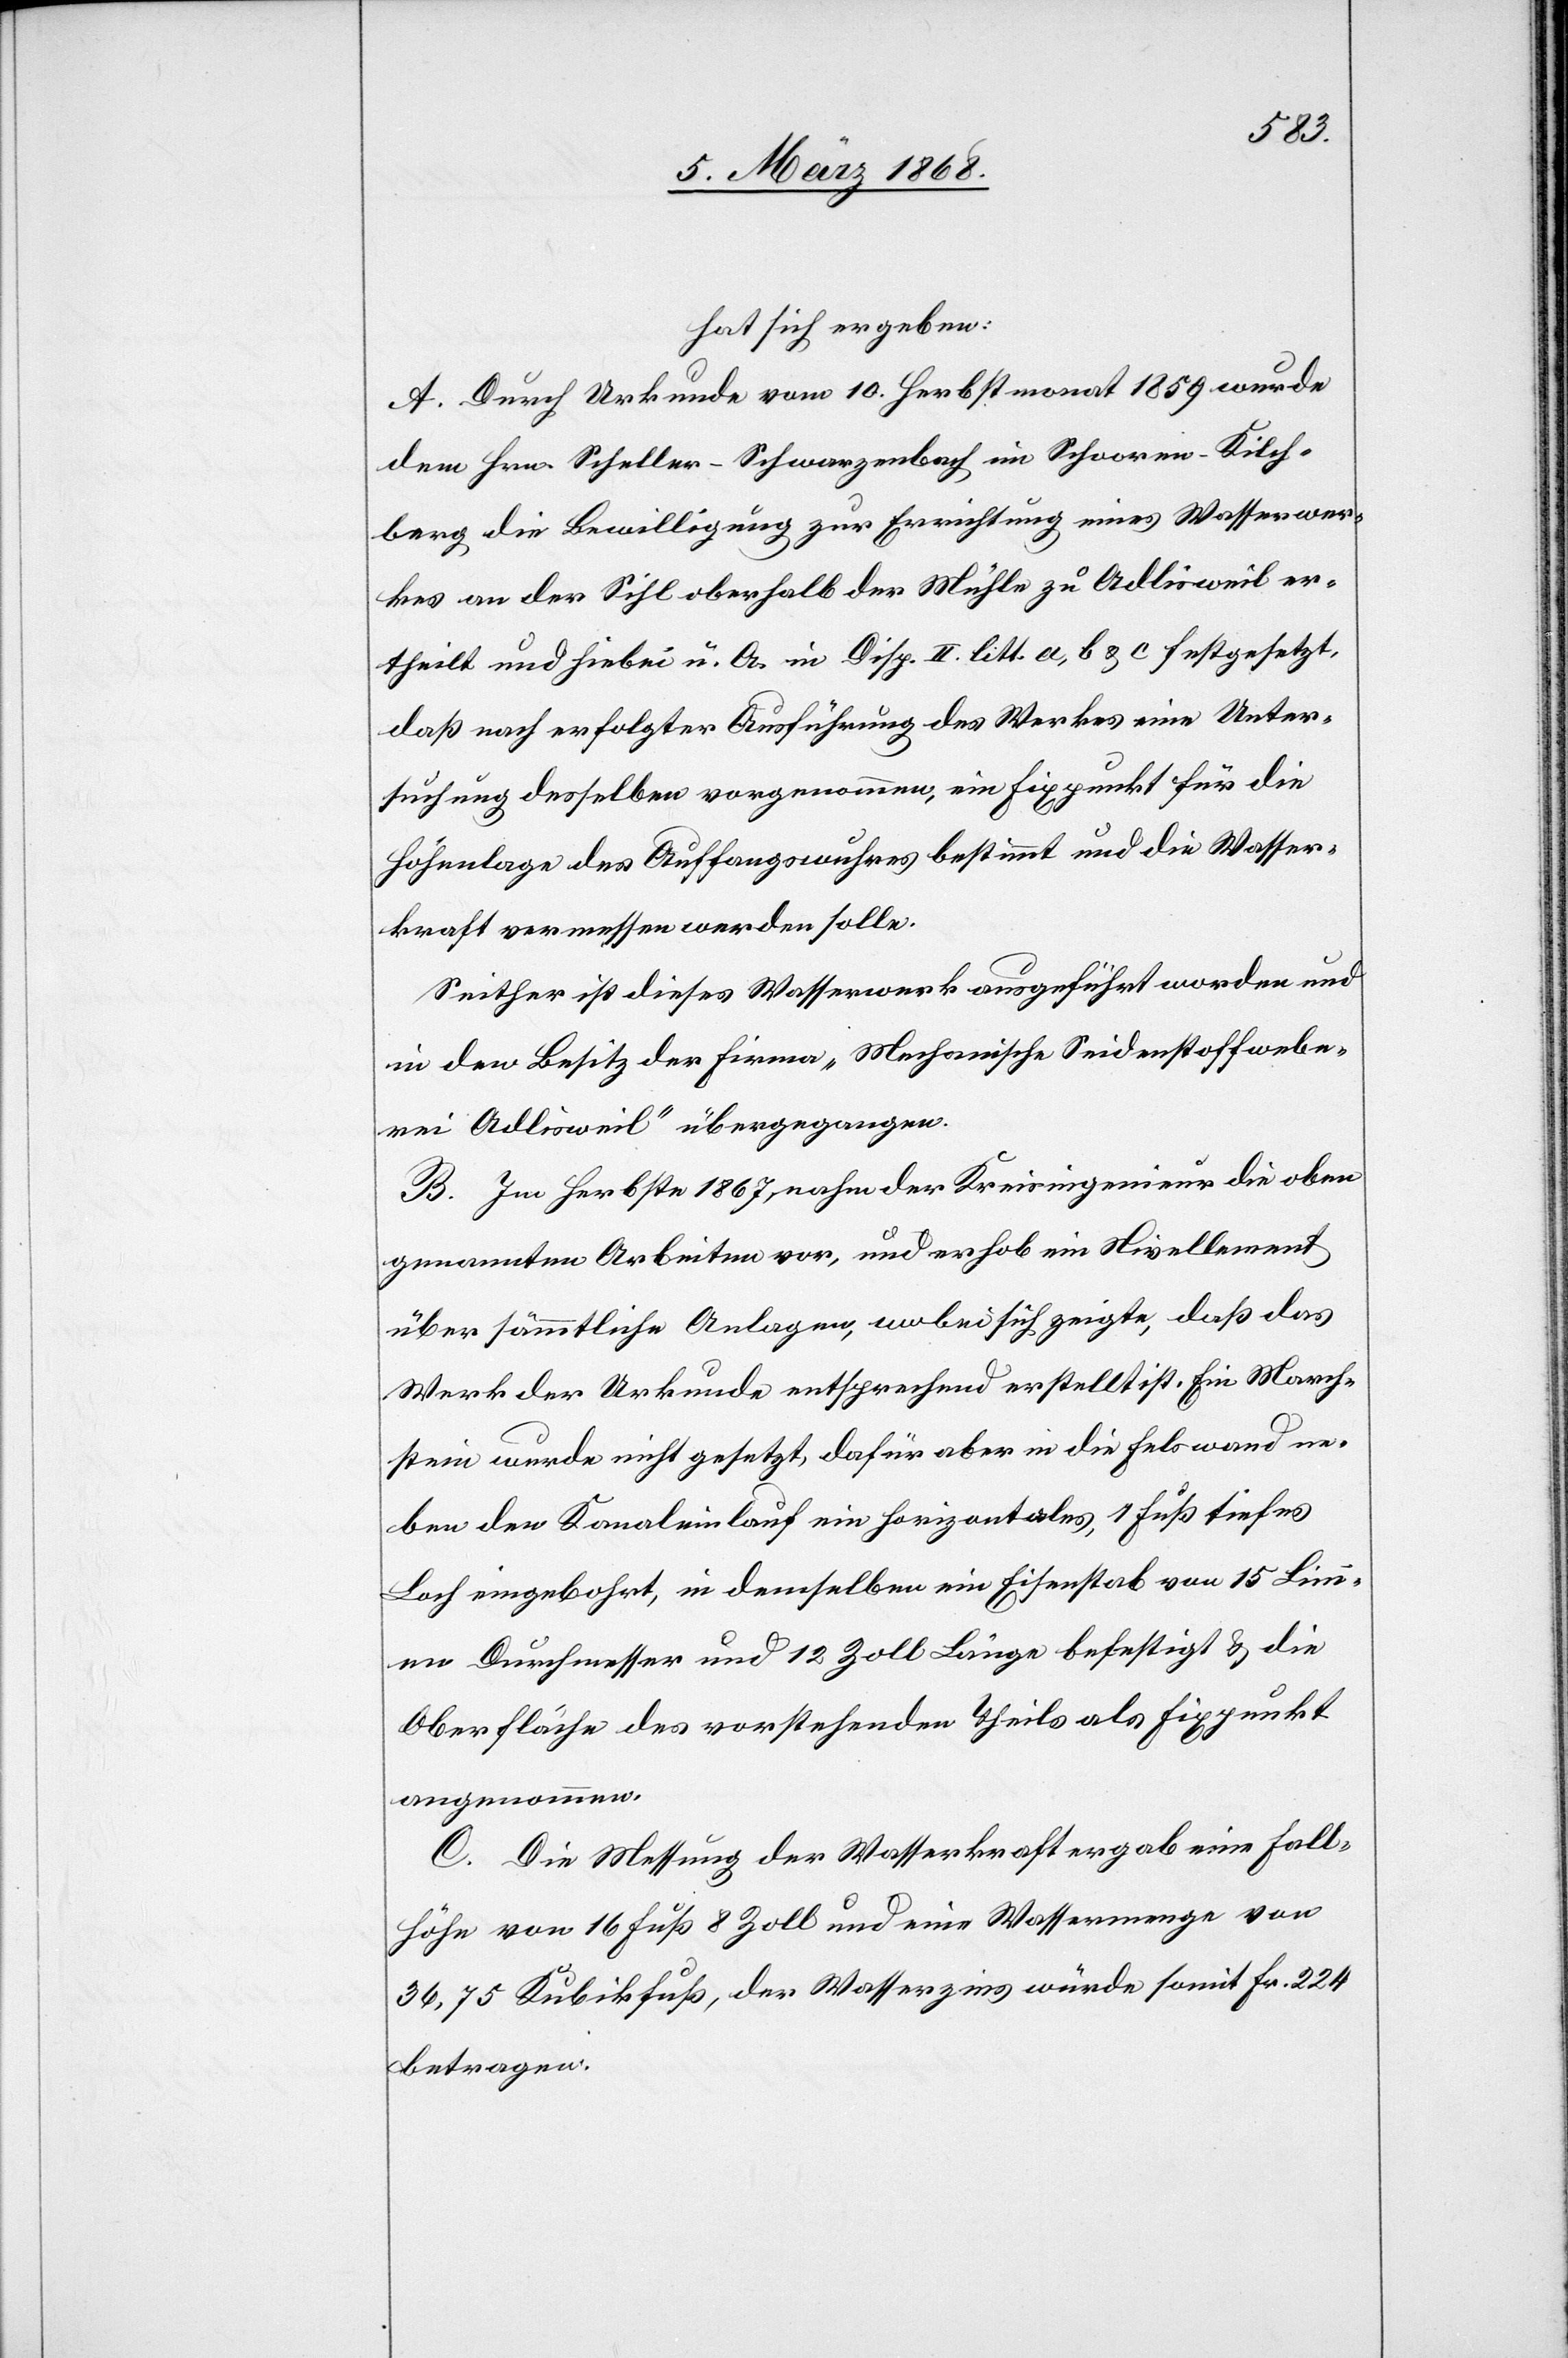
hat sich ergeben:
A. Durch Urkunde vom 10. Herbstmonat 1859 wurde
dem Hrn. Scheller-Schwarzenbach im Schooren-Kilch¬
berg die Bewilligung zur Errichtung eines Wasserwer¬
kes an der Sihl oberhalb der Mühle zu Adlisweil er¬
theilt und hiebei u. A. in Disp. II. litt. a, b & c festgesetzt,
daß nach erfolgter Ausführung des Werkes eine Unter¬
suchung desselben vorgenommen, ein Fixpunkt für die
Höhenlage des Auffangswuhres bestimmt und die Wasser¬
kraft vermessen werden solle.
Seither ist dieses Wasserwerk ausgeführt worden und
in den Besitz der Firma „Mechanische Seidenstoffwebe¬
rei Adlisweil“ übergegangen.
B. Im Herbste 1867, nahm der Kreisingenieur die oben
genannten Arbeiten vor, und erhob ein Nivellement
über sämmtliche Anlagen, wobei sich zeigte, daß das
Werk der Urkunde entsprechend erstellt ist. Ein March¬
stein wurde nicht gesetzt, dafür aber in die Felswand ne¬
ben den Kanaleinlauf ein horizontales, 1 Fuß tiefes
Loch eingebohrt, in demselben ein Eisenstab von 15 Lini¬
en Durchmesser und 12 Zoll Länge befestigt & die
Oberfläche des vorstehenden Theils als Fixpunkt
angenommen.
C. Die Messung der Wasserkraft ergab eine Fall¬
höhe von 16 Fuß 8 Zoll und eine Wassermenge von
36,75 Kubikfuß, der Wasserzins würde somit Fr. 224
betragen.